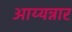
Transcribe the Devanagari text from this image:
आय्यन्नार